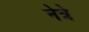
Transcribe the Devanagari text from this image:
नेत्रे